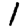
Digit: 1